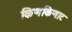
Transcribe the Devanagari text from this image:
किणकिणाट